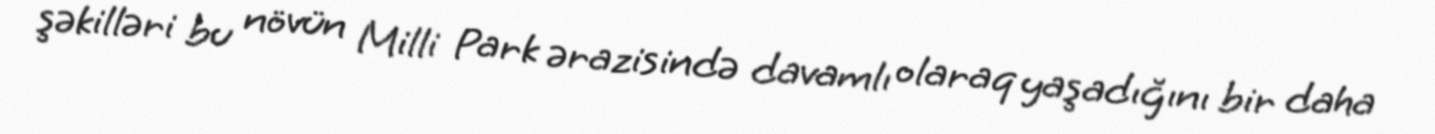
şəkilləri bu növün Milli Park ərazisində davamlı olaraq yaşadığını bir daha